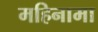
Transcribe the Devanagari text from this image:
महिनामा